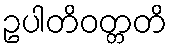
ဥပါတိဝတ္တတိ